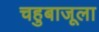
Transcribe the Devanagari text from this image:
चहुबाजूला